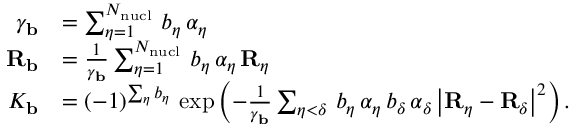
\begin{array} { r l } { \gamma _ { \mathbf { b } } } & { = \sum _ { \eta = 1 } ^ { N _ { \mathrm { n u c l } } } \, b _ { \eta } \, \alpha _ { \eta } } \\ { { \mathbf { R } _ { \mathbf { b } } } } & { = \frac { 1 } { \gamma _ { \mathbf { b } } } \sum _ { \eta = 1 } ^ { N _ { \mathrm { n u c l } } } \, b _ { \eta } \, \alpha _ { \eta } \, { \mathbf { R } _ { \eta } } } \\ { K _ { \mathbf { b } } } & { = ( - 1 ) ^ { \sum _ { \eta } b _ { \eta } } \, \exp \left( - \frac { 1 } { \gamma _ { \mathbf { b } } } \sum _ { \eta < \delta } \, b _ { \eta } \, \alpha _ { \eta } \, b _ { \delta } \, \alpha _ { \delta } \, \big | { \mathbf { R } _ { \eta } } - { \mathbf { R } _ { \delta } } \big | ^ { 2 } \right) \mathrm { . } } \end{array}